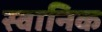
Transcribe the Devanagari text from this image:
स्वानिक